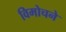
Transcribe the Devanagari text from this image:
विमोचने